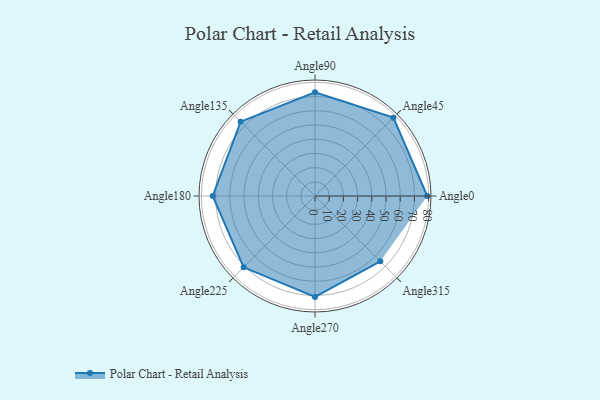
{"axis": {"x": "Angle", "y": "Radius"}, "legend": [""], "data": [{"x": "Angle0", "y": 79.0, "type": ""}, {"x": "Angle45", "y": 78.0, "type": ""}, {"x": "Angle90", "y": 73.0, "type": ""}, {"x": "Angle135", "y": 74.0, "type": ""}, {"x": "Angle180", "y": 72.0, "type": ""}, {"x": "Angle225", "y": 71.0, "type": ""}, {"x": "Angle270", "y": 71.0, "type": ""}, {"x": "Angle315", "y": 65.0, "type": ""}]}